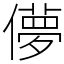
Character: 儚